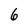
Character: 6